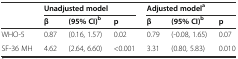
<table><thead><tr><td rowspan="2"></td><td colspan="3"><b>Unadjusted model</b></td><td colspan="3"><b>Adjusted model<sup>a</sup></b></td></tr><tr><td><b>β</b></td><td><b>(95% CI)<sup>b</sup></b></td><td><b>p</b></td><td><b>β</b></td><td><b>(95% CI)<sup>b</sup></b></td><td><b>p</b></td></tr></thead><tbody><tr><td>WHO-5</td><td>0.87</td><td>(0.16, 1.57)</td><td>0.02</td><td>0.79</td><td>(-0.08, 1.65)</td><td>0.07</td></tr><tr><td>SF-36 MH</td><td>4.62</td><td>(2.64, 6.60)</td><td>&lt;0.001</td><td>3.31</td><td>(0.80, 5.83)</td><td>0.010</td></tr></tbody></table>